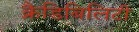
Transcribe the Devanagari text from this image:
क्रैडिबिलिटी